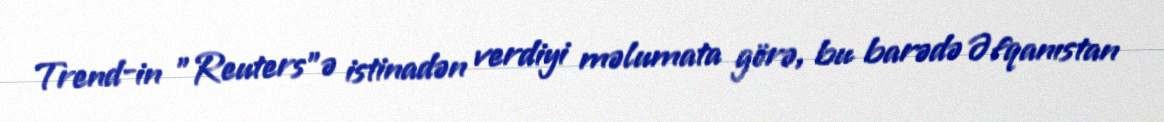
Trend-in "Reuters"ə istinadən verdiyi məlumata görə, bu barədə Əfqanıstan